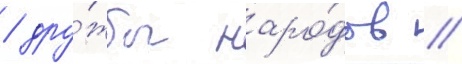
/ дру́жбы наро́дов /